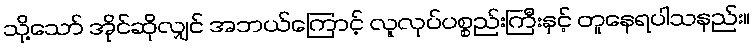
သို့သော် အိုင်ဆိုလျှင် အဘယ်ကြောင့် လူလုပ်ပစ္စည်းကြီးနှင့် တူနေရပါသနည်း။